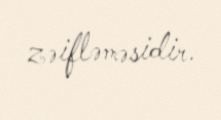
zəifləməsidir.